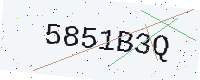
Text: 5851B3Q